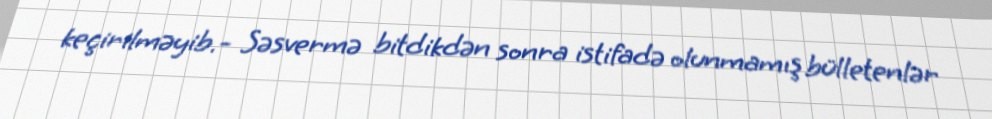
keçirilməyib.- Səsvermə bitdikdən sonra istifadə olunmamış bülletenlər